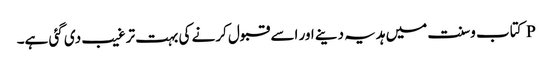
P کتاب وسنت میں ہدیہ دینے اور اسے قبول کرنے کی بہت ترغیب دی گئی ہے۔